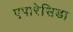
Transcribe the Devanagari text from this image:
एपारेसिडा